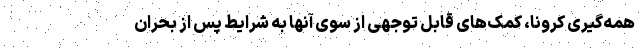
همه‌گیری کرونا، کمک‌های قابل توجهی از سوی آنها به شرایط پس از بحران